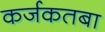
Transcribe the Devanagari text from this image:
कर्जकतबा